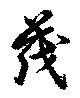
茂